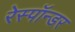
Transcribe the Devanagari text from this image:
रेस्पॉन्डर